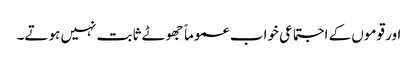
اور قوموں کے اجتماعی خواب عموماً جھوٹے ثابت نہیں ہوتے۔